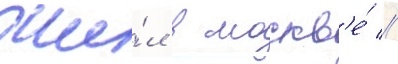
Жи́л в москв'е́ //